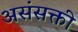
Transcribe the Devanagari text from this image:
असंसक्ती